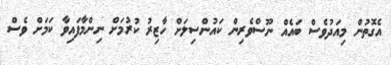
އެގޮތުން މިއަދުވެސް ބައެއް ނޫސްވެރިން ކައުންސިލަށް ހާޒިރު ކުރުމަށް ނިންމާފައިވާ ކަމަށް ވެސް